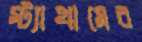
স্ট্যাথামের